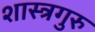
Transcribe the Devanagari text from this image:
शास्त्रगुरु